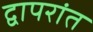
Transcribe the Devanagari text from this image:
द्वापरांत